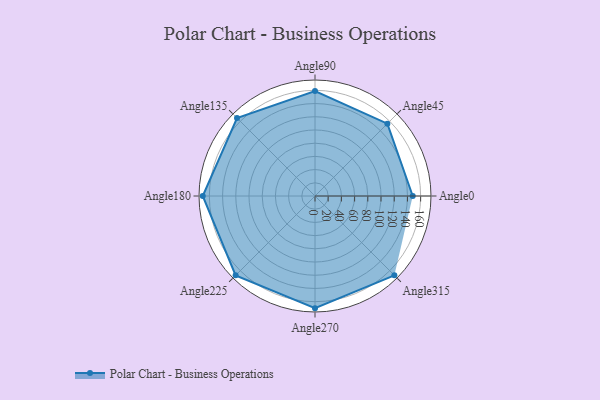
{"axis": {"x": "Angle", "y": "Radius"}, "legend": [""], "data": [{"x": "Angle0", "y": 148.0, "type": ""}, {"x": "Angle45", "y": 155.0, "type": ""}, {"x": "Angle90", "y": 159.0, "type": ""}, {"x": "Angle135", "y": 167.0, "type": ""}, {"x": "Angle180", "y": 170, "type": ""}, {"x": "Angle225", "y": 170, "type": ""}, {"x": "Angle270", "y": 170, "type": ""}, {"x": "Angle315", "y": 170, "type": ""}]}